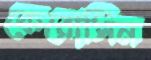
কেরোসিন